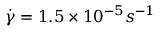
\dot { \gamma } = 1 . 5 \times 1 0 ^ { - 5 } s ^ { - 1 }